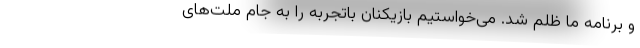
و برنامه ما ظلم شد. می‌خواستیم بازیکنان باتجربه را به جام ملت‌های